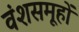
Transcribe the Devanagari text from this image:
वंशसमूहों